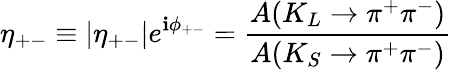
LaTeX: \eta_{+-}\equiv|\eta_{+-}|e^{\mathbf{i}\phi_{+-}}=\frac{{A(K_{L}\rightarrow\pi^{+}\pi^{-})}}{{A(K_{S}\rightarrow\pi^{+}\pi^{-})}}